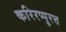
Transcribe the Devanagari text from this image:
करिरप्पुरत्त